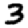
Digit: 3